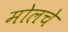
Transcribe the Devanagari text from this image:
मोलचे